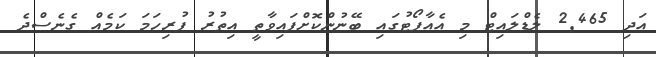
އަދި 2